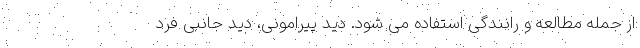
از جمله مطالعه و رانندگی استفاده می شود. دید پیرامونی، دید جانبی فرد